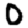
Digit: 0